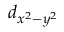
d _ { x ^ { 2 } - y ^ { 2 } }